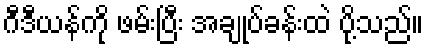
ဂီဒီယန်ကို ဖမ်းပြီး အချုပ်ခန်းထဲ ပို့သည်။